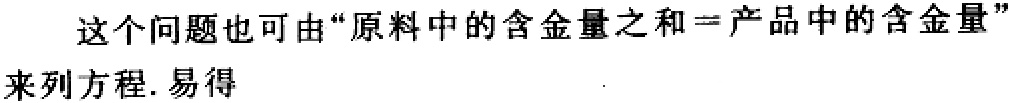
这个问题也可由“原料中的含金量之和=产品中的含金量”来列方程. 易得